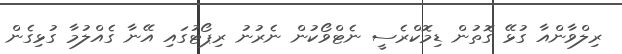
ރިލްވާންއާ ގުޅޭ ގޮތުން ޑިމޮކްރެސީ ނެޓްވޯކުން ނެރުނު ރިޕޯޓުގައި އޭނާ ގެއްލުމާ ގުޅިގެން